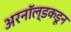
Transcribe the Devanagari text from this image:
अरनॉल्डकडून